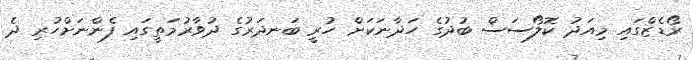
ރޯޑެޒްގައި މިއަދު ކޮލޯސަސް ބުދުގެ ހަދާނަކަށް ހުރީ ބަނދަރުގެ ދުވާރުމަތީގައި ފެންނަށްހުރި ދެ